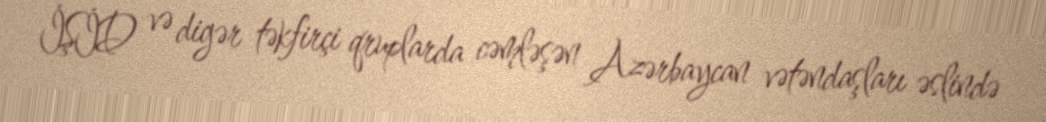
İŞİD və digər təkfirçi qruplarda cəmləşən Azərbaycan vətəndaşları əslində